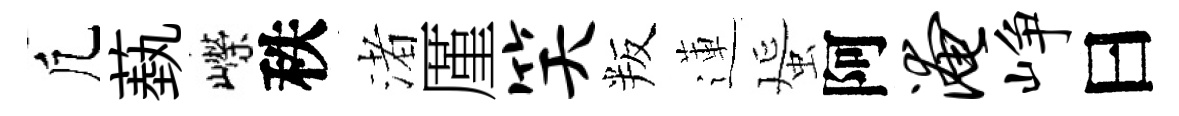
凢蓺嶸秩渚厪笑叛蓮蜑阿淹峥曰